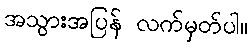
အသွားအပြန် လက်မှတ်ပါ။